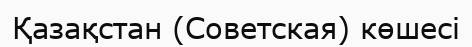
Қазақстан (Советская) көшесі